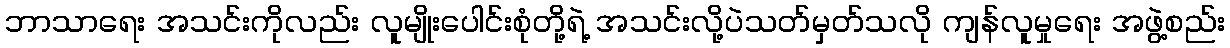
ဘာသာရေး အသင်းကိုလည်း လူမျိုးပေါင်းစုံတို့ရဲ့ အသင်းလို့ပဲသတ်မှတ်သလို ကျန်လူမှုရေး အဖွဲ့စည်း